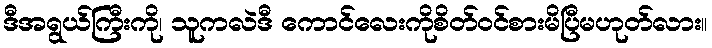
ဒီအရွယ်ကြီးကို၊ သူကလဲဒီ ကောင်လေးကိုစိတ်ဝင်စားမိပြီမဟုတ်လား။